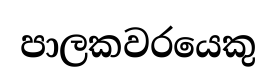
පාලකවරයෙකු